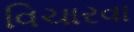
વિચારવા